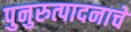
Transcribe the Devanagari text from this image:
पुनुरुत्पादनाचे